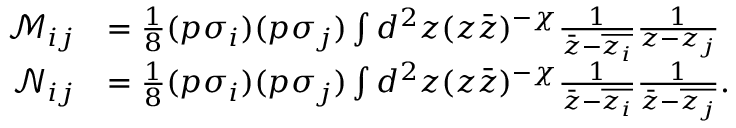
\begin{array} { r l } { \mathcal M _ { i j } } & { = \frac { 1 } { 8 } ( p \sigma _ { i } ) ( p \sigma _ { j } ) \int d ^ { 2 } z ( z \bar { z } ) ^ { - \chi } \frac { 1 } { \bar { z } - \overline { { z _ { i } } } } \frac { 1 } { z - z _ { j } } } \\ { \mathcal N _ { i j } } & { = \frac { 1 } { 8 } ( p \sigma _ { i } ) ( p \sigma _ { j } ) \int d ^ { 2 } z ( z \bar { z } ) ^ { - \chi } \frac { 1 } { \bar { z } - \overline { { z _ { i } } } } \frac { 1 } { \bar { z } - \overline { { z _ { j } } } } . } \end{array}